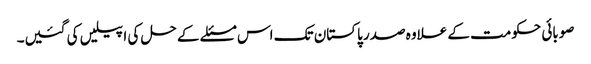
صوبائی حکومت کے علاوہ صدر پاکستان تک اس مسئلے کے حل کی اپیلیں کی گئیں۔